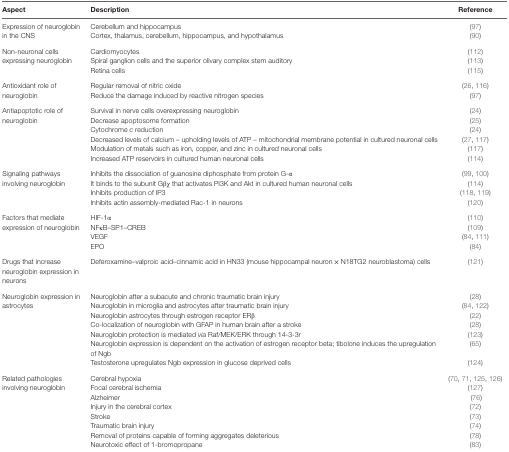
<table><thead><tr><td><b>Aspect</b></td><td><b>Description</b></td><td><b>Reference</b></td></tr></thead><tbody><tr><td rowspan="2">Expression of neuroglobin in the CNS</td><td>Cerebellum and hippocampus</td><td>(97)</td></tr><tr><td>Cortex, thalamus, cerebellum, hippocampus, and hypothalamus</td><td>(90)</td></tr><tr><td rowspan="3">Non-neuronal cells expressing neuroglobin</td><td>Cardiomyocytes</td><td>(112)</td></tr><tr><td>Spiral ganglion cells and the superior olivary complex stem auditory</td><td>(113)</td></tr><tr><td>Retina cells</td><td>(115)</td></tr><tr><td rowspan="2">Antioxidant role of neuroglobin</td><td>Regular removal of nitric oxide</td><td>(26, 116)</td></tr><tr><td>Reduce the damage induced by reactive nitrogen species</td><td>(97)</td></tr><tr><td rowspan="6">Antiapoptotic role of neuroglobin</td><td>Survival in nerve cells overexpressing neuroglobin</td><td>(24)</td></tr><tr><td>Decrease apoptosome formation</td><td>(25)</td></tr><tr><td>Cytochrome <i>c</i> reduction</td><td>(24)</td></tr><tr><td>Decreased levels of calcium – upholding levels of ATP – mitochondrial membrane potential in cultured neuronal cells</td><td>(27, 117)</td></tr><tr><td>Modulation of metals such as iron, copper, and zinc in cultured neuronal cells</td><td>(117)</td></tr><tr><td>Increased ATP reservoirs in cultured human neuronal cells</td><td>(114)</td></tr><tr><td rowspan="4">Signaling pathways involving neuroglobin</td><td>Inhibits the dissociation of guanosine diphosphate from protein G-α</td><td>(99, 100)</td></tr><tr><td>It binds to the subunit Gβχ that activates PI3K and Akt in cultured human neuronal cells</td><td>(114)</td></tr><tr><td>Inhibits production of IP3</td><td>(118, 119)</td></tr><tr><td>Inhibits actin assembly-mediated Rac-1 in neurons</td><td>(120)</td></tr><tr><td rowspan="4">Factors that mediate expression of neuroglobin</td><td>HIF-1α</td><td>(110)</td></tr><tr><td>NFκB–SP1–CREB</td><td>(109)</td></tr><tr><td>VEGF</td><td>(84, 111)</td></tr><tr><td>EPO</td><td>(84)</td></tr><tr><td>Drugs that increase neuroglobin expression in neurons</td><td>Deferoxamine–valproic acid–cinnamic acid in HN33 (mouse hippocampal neuron × N18TG2 neuroblastoma) cells</td><td>(121)</td></tr><tr><td rowspan="7">Neuroglobin expression in astrocytes</td><td>Neuroglobin after a subacute and chronic traumatic brain injury</td><td>(28)</td></tr><tr><td>Neuroglobin in microglia and astrocytes after traumatic brain injury</td><td>(84, 122)</td></tr><tr><td>Neuroglobin astrocytes through estrogen receptor ERβ</td><td>(22)</td></tr><tr><td>Co-localization of neuroglobin with GFAP in human brain after a stroke</td><td>(28)</td></tr><tr><td>Neuroglobin protection is mediated <i>via</i> Raf/MEK/ERK through 14-3-3r</td><td>(123)</td></tr><tr><td>Neuroglobin expression is dependent on the activation of estrogen receptor beta; tibolone induces the upregulation of Ngb</td><td>(65)</td></tr><tr><td>Testosterone upregulates Ngb expression in glucose deprived cells</td><td>(124)</td></tr><tr><td rowspan="8">Related pathologies involving neuroglobin</td><td>Cerebral hypoxia</td><td>(70, 71, 125, 126)</td></tr><tr><td>Focal cerebral ischemia</td><td>(127)</td></tr><tr><td>Alzheimer</td><td>(76)</td></tr><tr><td>Injury in the cerebral cortex</td><td>(72)</td></tr><tr><td>Stroke</td><td>(73)</td></tr><tr><td>Traumatic brain injury</td><td>(74)</td></tr><tr><td>Removal of proteins capable of forming aggregates deleterious</td><td>(78)</td></tr><tr><td>Neurotoxic effect of 1-bromopropane</td><td>(83)</td></tr></tbody></table>